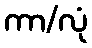
ကာ/လုံ